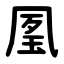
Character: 㓘